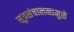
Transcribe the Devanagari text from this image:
सूत्रसंचालनामुळे